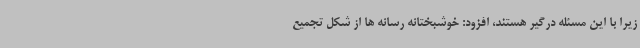
زیرا با این مسئله درگیر هستند، افزود: خوشبختانه رسانه ها از شکل تجمیع